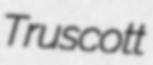
Truscott